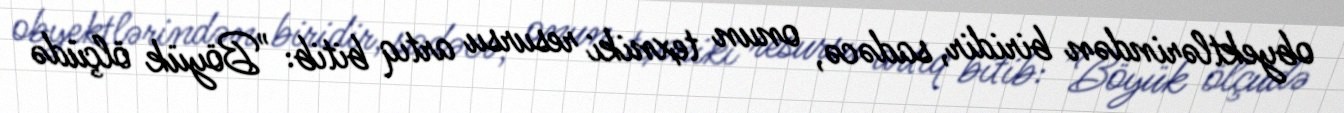
obyektlərindən biridir, sadəcə, onun texniki resursu artıq bitib: "Böyük ölçüdə